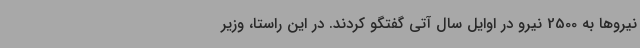
نیروها به 2500 نیرو در اوایل سال آتی گفتگو کردند. در این راستا، وزیر